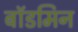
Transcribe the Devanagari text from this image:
बॉडमिन